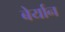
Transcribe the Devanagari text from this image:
बेर्यान